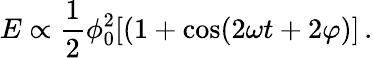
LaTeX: E\propto\frac 12\phi_{0}^{2}[(1+\cos(2\omega t+2\varphi)]\, .